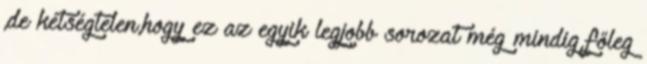
,de kétségtelen,hogy ez az egyik legjobb sorozat még mindig,főleg